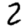
Digit: 2